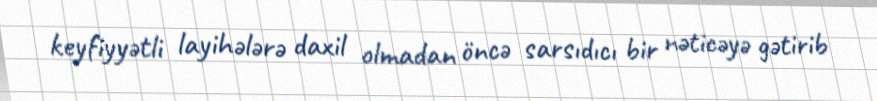
keyfiyyətli layihələrə daxil olmadan öncə sarsıdıcı bir nəticəyə gətirib